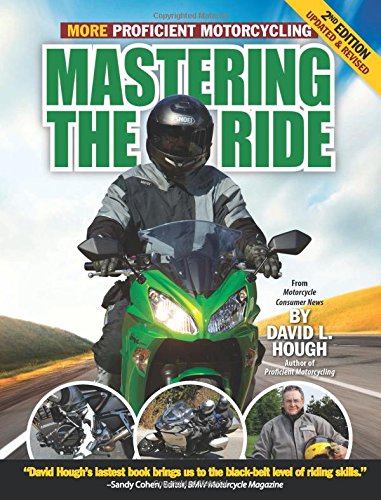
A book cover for Mastering the Ride: More Proficient Motorcycling, 2nd Edition; David L. Hough; Engineering & Transportation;